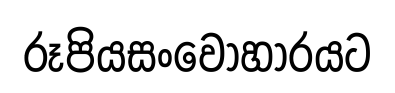
රූපියසංවොහාරයට